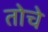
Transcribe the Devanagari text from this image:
तोचे